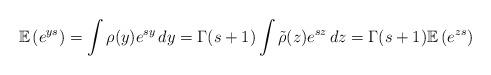
LaTeX: \begin{align*}\mathbb{E}\left(e^{ys}\right)=\int \rho(y) e^{sy}\,dy=\Gamma(s+1) \int \tilde{\rho}(z) e^{sz}\,dz=\Gamma(s+1) \mathbb{E}\left(e^{zs}\right)\end{align*}